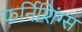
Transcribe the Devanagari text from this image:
फर्निशिंग्स